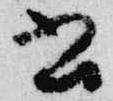
書